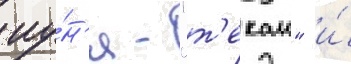
иу́н'я - "т'екаи" и́